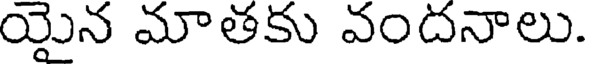
యైన మాతకు వందనాలు.